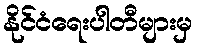
နိုင်ငံရေးပါတီများမှ